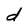
Character: d